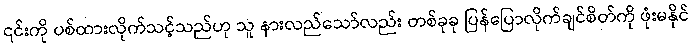
၎င်းကို ပစ်ထားလိုက်သင့်သည်ဟု သူ နားလည်သော်လည်း တစ်ခုခု ပြန်ပြောလိုက်ချင်စိတ်ကို ဖုံးမနိုင်